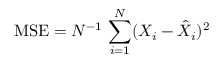
\mathrm { M S E } = N ^ { - 1 } \, \sum _ { i = 1 } ^ { N } ( X _ { i } - \hat { X } _ { i } ) ^ { 2 }